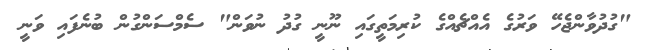
"ގުދުވާންޖެހޭ ވަރުގެ އެއްޗެއްގެ ކުރިމަތީގައި ނޫނީ ގުދު ނުވަން" ސެމްސަންގުން ބުނެފައި ވަނީ